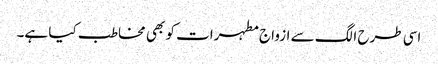
اسی طرح الگ سے ازواج مطہرات کو بھی مخاطب کیا ہے۔